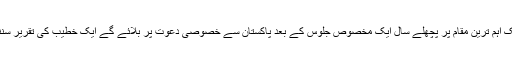
مشرقی لندن میں واقع ایک اہم ترین مقام پر پچھلے سال ایک مخصوص جلوس کے بعد پاکستان سے خصوصی دعوت پر بلائے گے ایک خطیب کی تقریر سننے کا مجھے اتفاق ہوا ۔